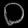
Digit: ၀